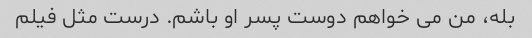
بله، من می خواهم دوست پسر او باشم. درست مثل فیلم